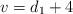
LaTeX: \begin{align*}v=d_1+4\end{align*}